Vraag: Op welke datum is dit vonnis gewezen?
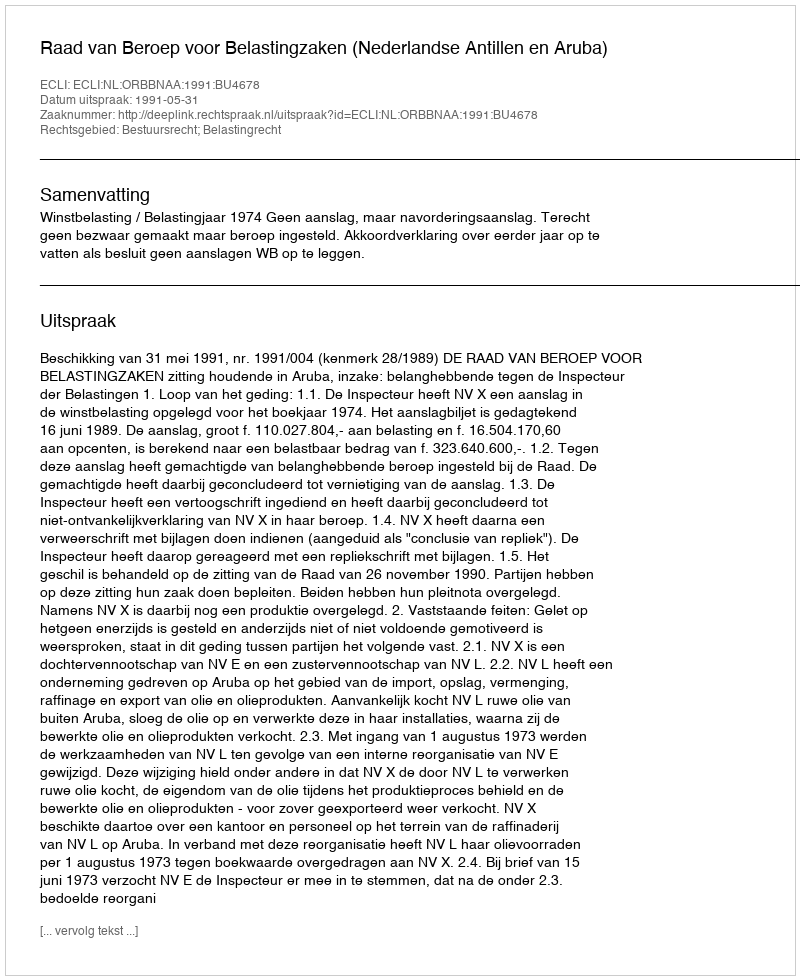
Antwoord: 1991-05-31